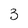
Character: 3